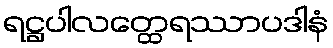
ရဋ္ဌပါလတ္ထေရဿာပဒါနံ